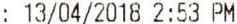
: 13/04/2018 2:53 PM